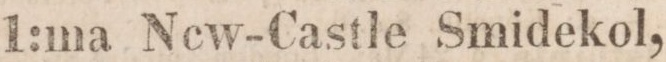
1:ma Ncw-Castle Smidekol,